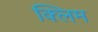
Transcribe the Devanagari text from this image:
क्लिम